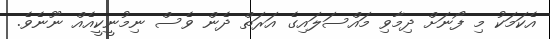
އެކަމަކު މި ފޯނަށް ދިމާވި މައްސަލައިގެ އަރަތް ދެން ވެސް ނިމުނީކީއެއް ނޫނެވެ.